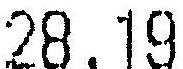
28.19